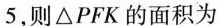
5$$，则△PFK的面积为